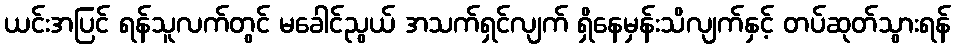
ယင်းအပြင် ရန်သူလက်တွင် မခေါင်ညွယ် အသက်ရှင်လျက် ရှိနေမှန်းသိလျက်နှင့် တပ်ဆုတ်သွားရန်